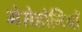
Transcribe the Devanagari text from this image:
मेसेडोनियाँ